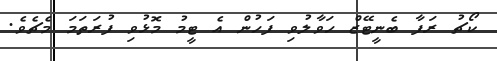
ކޯޗު ރަފާ ބެނީޓޭޒް ހަވާލުވި ފަހުން އެ ޓީމު މޮޅުވި ފުރަތަމަ މެޗެވެ.